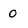
Character: O